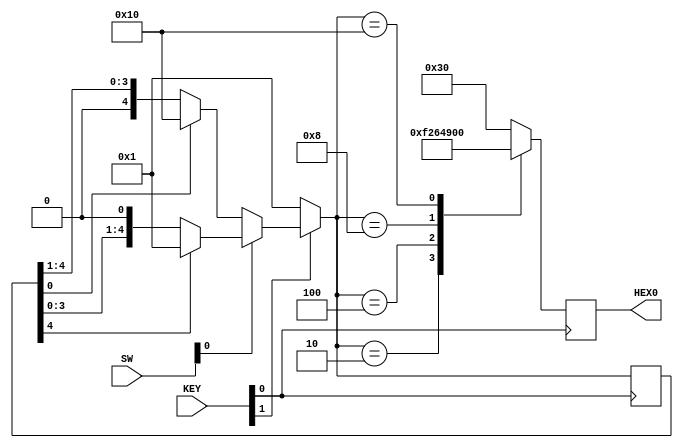
module lab4_top(SW,KEY,HEX0);
input [9:0] SW;
input [3:0] KEY;
output reg [6:0] HEX0;

// one hot code for current state machine
reg [4:0] state;

// KEY[0] is CLK (reversed)
`define CLK KEY[0]

// KEY[1] is reset button (reversed)
`define RST KEY[1]

// SW[0] is direction (0 is forward, 1 is backward)
`define FORWARD SW[0]

// states
`define STATE_1 5'b00001
`define STATE_2 5'b00010
`define STATE_3 5'b00100
`define STATE_4 5'b01000
`define STATE_5 5'b10000

// numbers
`define ONE   7'b1111001
`define TWO   7'b0100100
`define THREE 7'b0110000
`define FOUR  7'b0011001
`define FIVE  7'b0010010
`define SIX   7'b0000010
`define SEVEN 7'b1111000
`define EIGHT 7'b0000000
`define NINE  7'b0010000

// begin: exceute once
initial begin
    state = `STATE_1;
    HEX0 = `THREE;
end

// continue to the next state
always @(posedge `CLK) begin
    // reset when rising clock of CLK is pressed
    if (`RST == 0) begin
        state = 5'b00001;
    end else begin
        // shift forward
        if (`FORWARD == 1) begin
            if (state[4] == 1) begin
                state = `STATE_1;
            end else begin
                state = state << 1;
            end
        end else begin
            if (state[0] == 1) begin
                state = `STATE_5;
            end else begin
                state = state >> 1;
            end
        end
    end

    // "draw" digits onto the screen, currently assigned as 3-1-4-5-8
    case (state)
        `STATE_1: HEX0 = `THREE;
        `STATE_2: HEX0 = `ONE;
        `STATE_3: HEX0 = `FOUR;
        `STATE_4: HEX0 = `FIVE;
        `STATE_5: HEX0 = `EIGHT;
        default: HEX0 = `THREE;
    endcase
end
endmodule